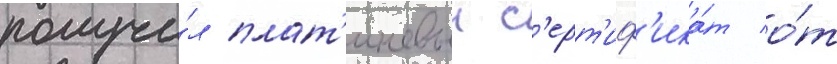
получи́л плат'иновыи с'ерт'иф'ика́т о́т